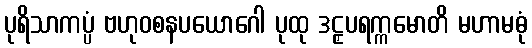
ပုရိသာကပ္ပံ ဗဟုဝစနပယောဂေါ ပုထု ဒဠှပရက္ကမောတိ မဟာမဓုံ